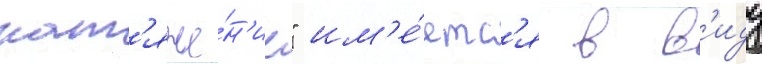
нат'яже́н'ие" им'е́етс'я в в'иду